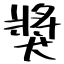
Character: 獎